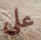
على